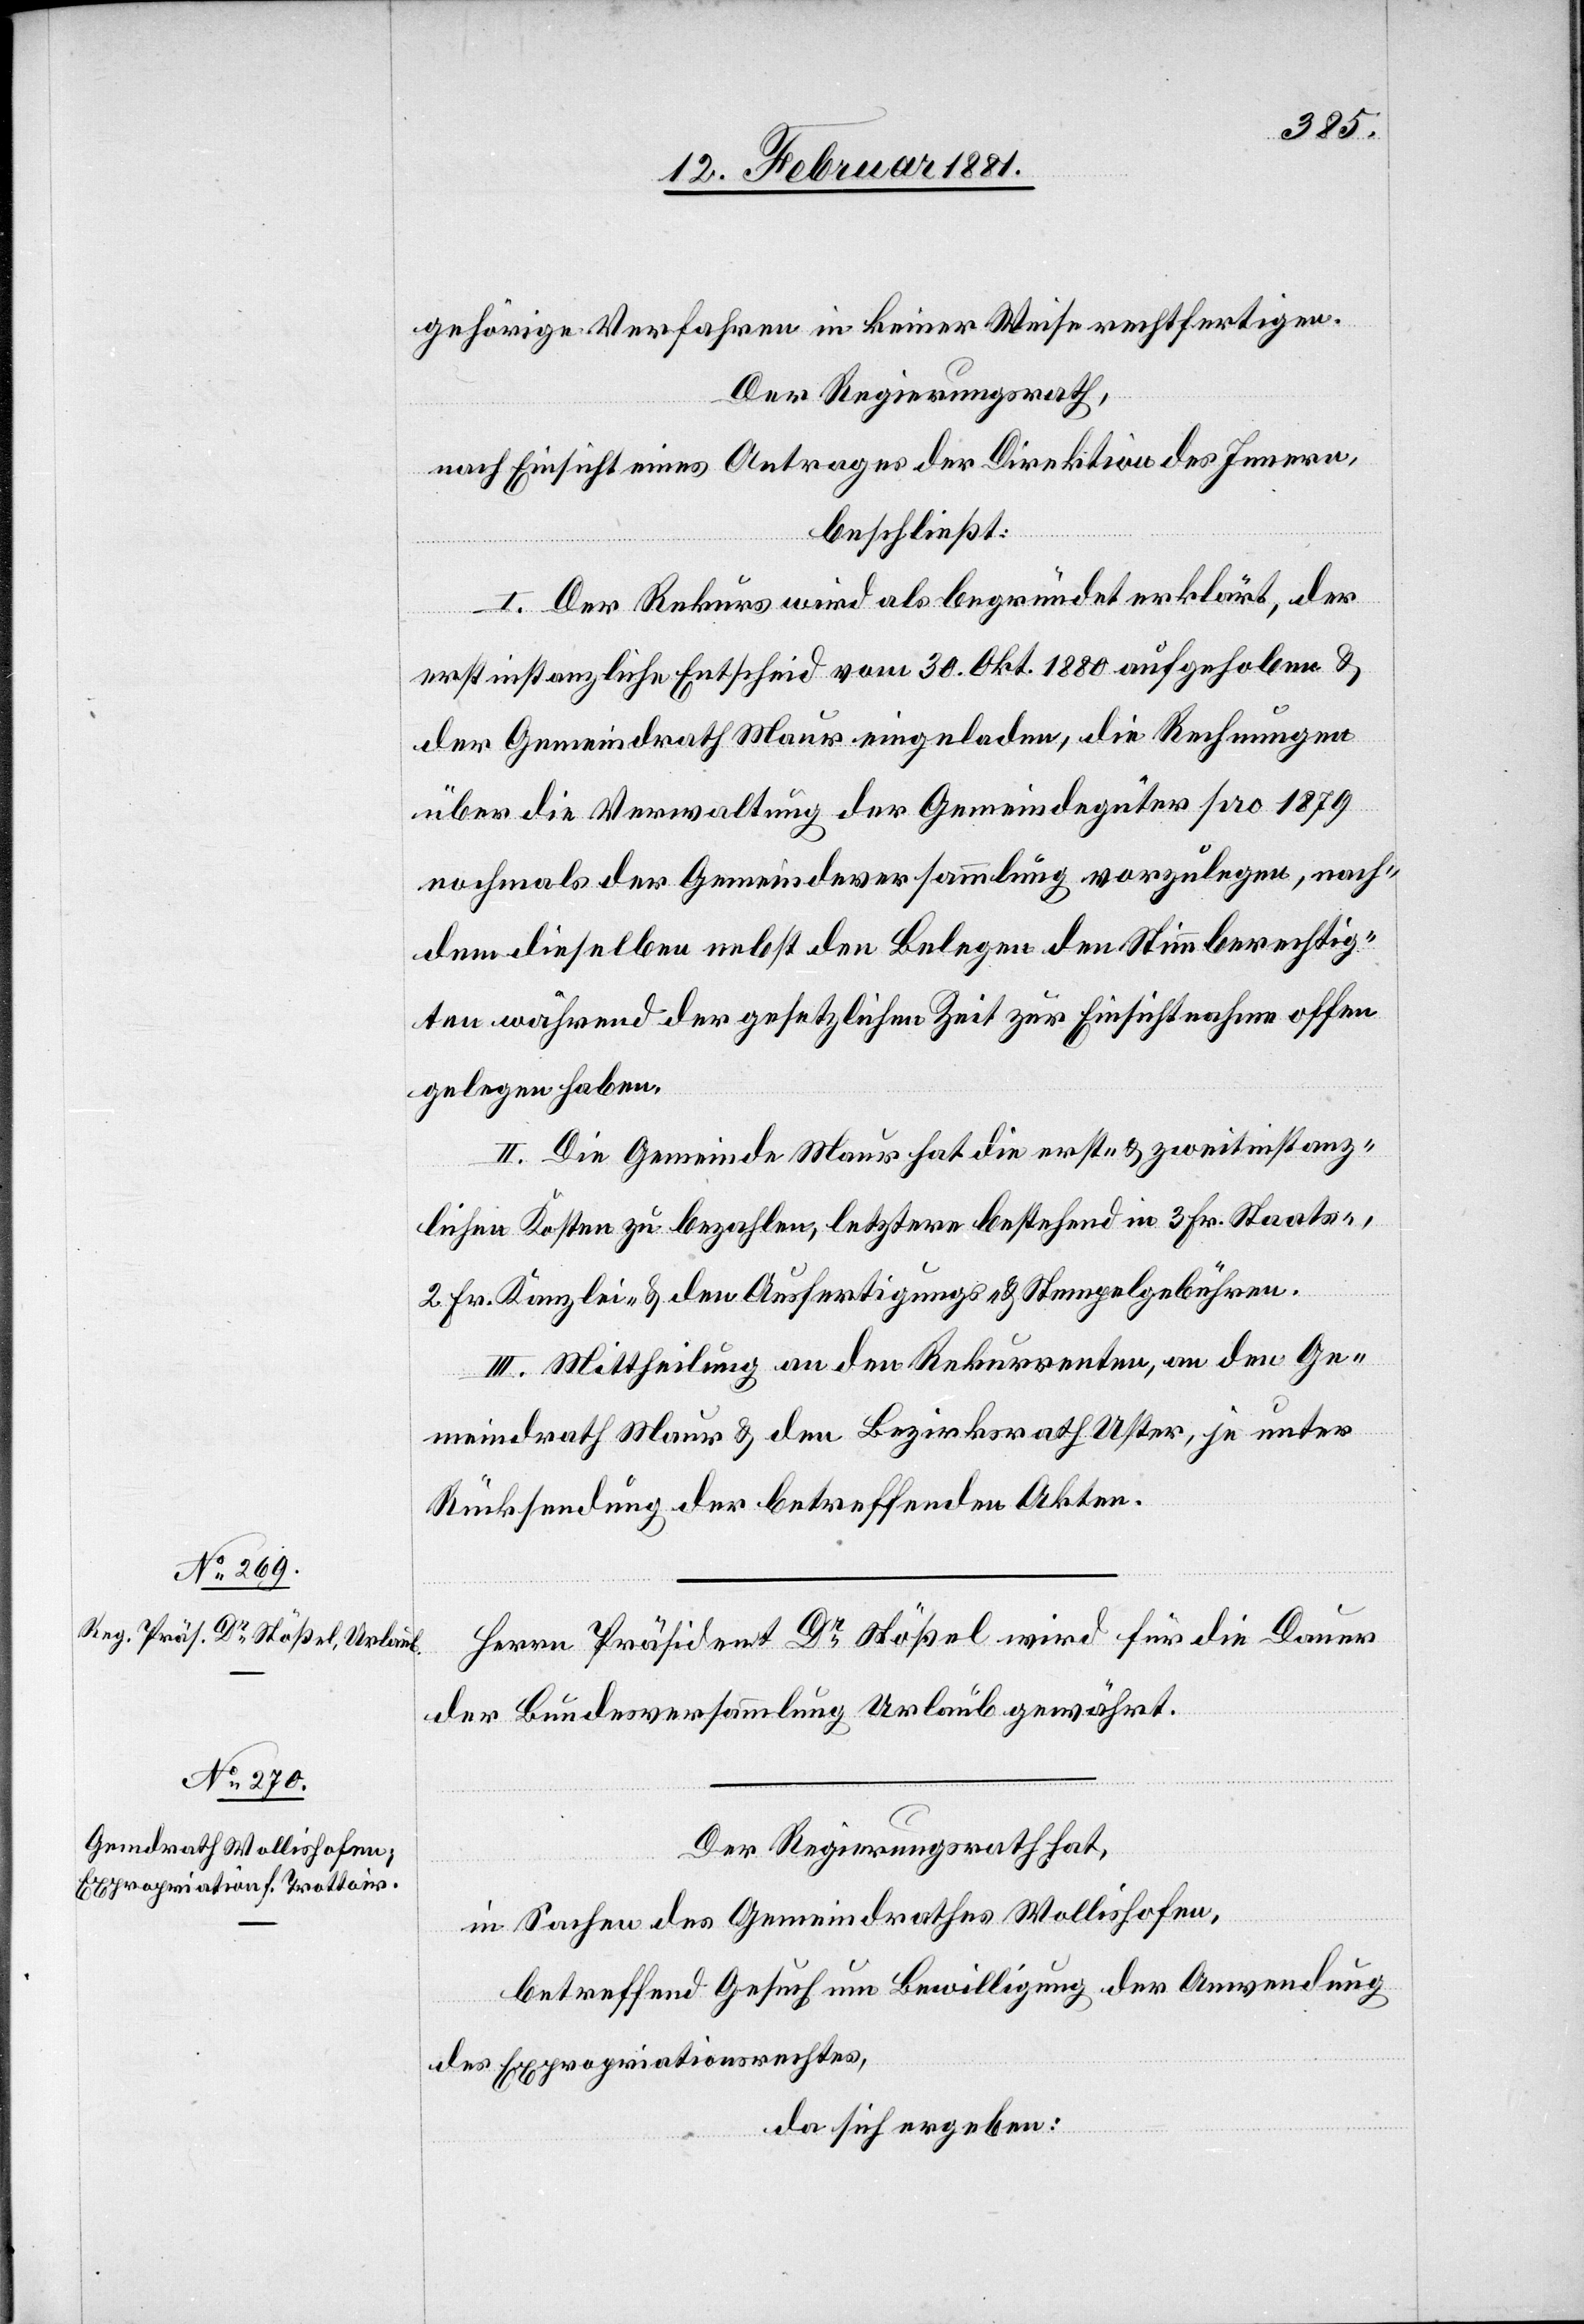
gehörige Verfahren in keiner Weise rechtfertigen.
Der Regierungsrath,
nach Einsicht eines Antrages der Direktion des Innern,
beschließt:
I. Der Rekurs wird als begründet erklärt, der
erstinstanzliche Entscheid vom 30. Okt. 1880 aufgehoben &
der Gemeindrath Maur eingeladen, die Rechnungen
über die Verwaltung der Gemeindegüter pro 1879
nochmals der Gemeindeversammlung vorzulegen, nach¬
dem dieselben nebst den Belegen den Stimmberechtig¬
en während der gesetzlichen Zeit zur Einsichtnahme offen
gelegen haben.
II. Die Gemeinde Maur hat die erst- & zweitinstanz¬
lichen Kosten zu bezahlen, letztere bestehend in 3 Fr. Staats-,
2 Fr. Kanzlei- & den Ausfertigungs- & Stempelgebühren.
III. Mittheilung an den Rekurrenten, an den Ge¬
meindrath Maur & den Bezirksrath Uster, je unter
Rücksendung der betreffenden Akten.
Herrn Präsident Dr Stößel wird für die Dauer
der Bundesversammlung Urlaub gewährt.
Der Regierungsrath hat,
in Sachen des Gemeindrathes Wollishofen,
betreffend Gesuch um Bewilligung der Anwendung
des Expropriationsrechtes,
da sich ergeben: